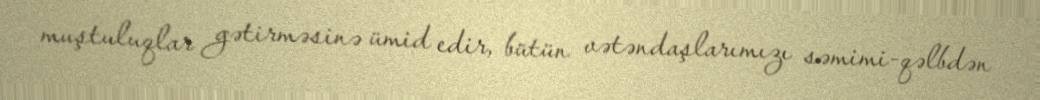
muştuluqlar gətirməsinə ümid edir, bütün vətəndaşlarımızı səmimi-qəlbdən